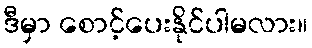
ဒီမှာ စောင့်ပေးနိုင်ပါမလား။